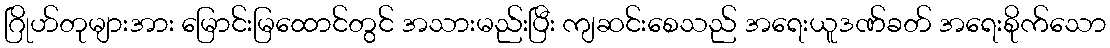
ဂြိုဟ်တုများအား မြောင်းမြထောင်တွင် အသားမည်းပြီး ကျဆင်းစေသည် အရေးယူဒဏ်ခတ် အရေးစိုက်သော